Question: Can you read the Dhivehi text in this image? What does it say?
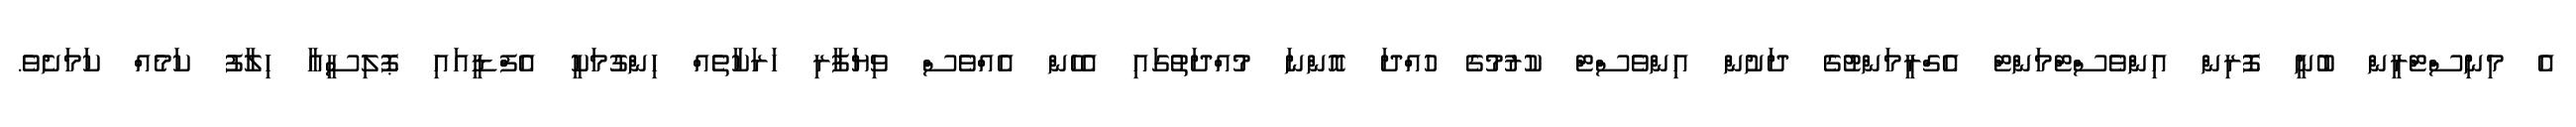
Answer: އެ މިނިސްޓްރީން ބުނީ ފޮރިން އިންވެސްޓްމަންޓް އެގްރީމަންޓުގެ ދަށުން އިންވެސްޓް ކުރުމުގެ ހުއްދަ އޮންނަ މުއްދަތުގައި އެހެން އެއްވެސް ވިޔަފާރި ހަރަކާތެއް ހިންގުމަކީ އެފްޑީއައި ޕޮލިސީއާ ހިލާފު ކަމެއް ކަމަށެވެ.